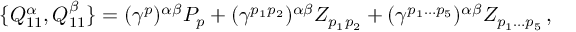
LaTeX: \{ { Q _ { 1 1 } ^ { \alpha } } , { Q _ { 1 1 } ^ { \beta } } \} = ( { \gamma } ^ { p } ) ^ { \alpha \beta } P _ { p } + ( { \gamma } ^ { p _ { 1 } p _ { 2 } } ) ^ { \alpha \beta } Z _ { p _ { 1 } p _ { 2 } } + ( { \gamma } ^ { p _ { 1 } \dots p _ { 5 } } ) ^ { \alpha \beta } Z _ { p _ { 1 } \dots p _ { 5 } } \, ,